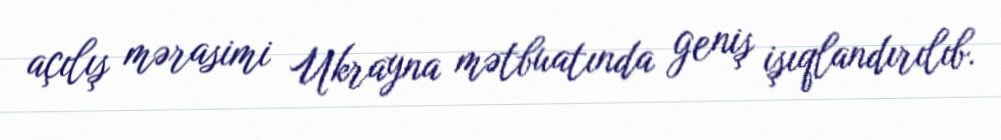
açılış mərasimi Ukrayna mətbuatında geniş işıqlandırılıb.